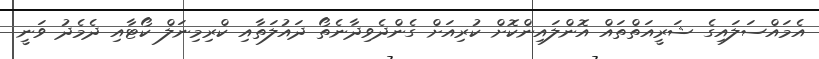
އެމައްސަލައިގެ ޝަރީއަތްތައް އޮންލައިންކޮށް ކުރިއަށް ގެންދެވިދާނެތޯ ދައުލަތާއި ކްރިމިނަލް ކޯޓާއި ދެމެދު ވަނީ